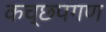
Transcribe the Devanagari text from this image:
कच्छपगण